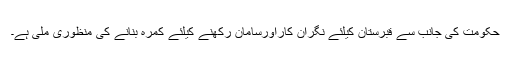
حکومت کی جانب سے قبرستان کیلئے نگران کاراورسامان رکھنے کیلئے کمرہ بنانے کی منظوری ملی ہے۔